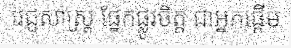
វេជ្ជសាស្ត្រ ផ្នែកផ្លូវចិត្ត ជាអ្នកផ្តើម